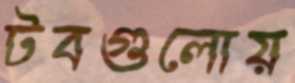
টবগুলোয়